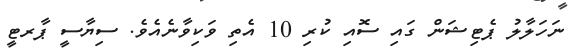
ނަހަލާލު ޕެޓިޝަން ގައި ސޮއި ކުރި 10 އެތި ވަކިވާނެއެވެ. ސިޔާސީ ޕާރޓީ